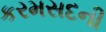
કરમસદની